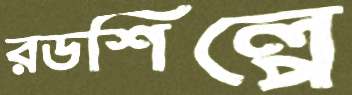
রডশিল্পে